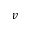
v